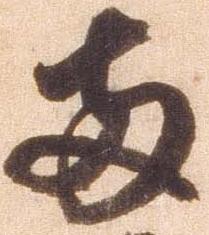
両